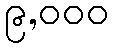
၉,၀၀၀